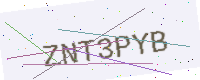
Text: ZNT3PYB